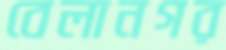
বেলানগর